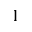
^ { 1 }